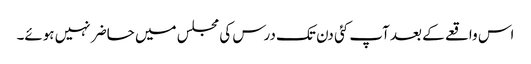
اس واقعے کے بعد آپ کئی دن تک درس کی مجلس میں حاضر نہیں ہوئے۔